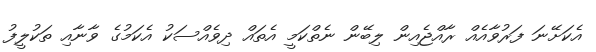
އެކަށޭނަ ފަރުވާއެއް ރާއްޖެއިން ލިބޭން ނެތްކަމީ އެތައް ދިވެއްސަކު އެކަމުގެ ވާނާއި ތަކުލީފު